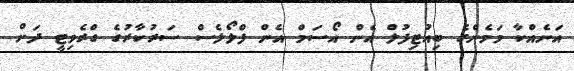
އަނެއްކާ މަމެންގެ ބިއުޓިފުލް އެން އޯސަމް އެން ފްލޯލެސް ސަރުކާރުގެ ގްރެވިޓީ ދަށް